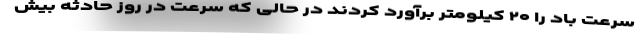
سرعت باد را ۲۰ کیلومتر برآورد کردند در حالی که سرعت در روز حادثه بیش